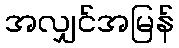
အလျှင်အမြန်